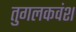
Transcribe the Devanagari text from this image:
तुगलकवंश